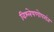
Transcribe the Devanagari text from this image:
विश्लेषणोपरांत